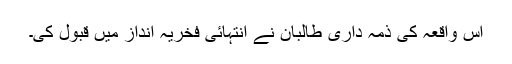
اس واقعہ کی ذمہ داری طالبان نے انتہائی فخریہ انداز میں قبول کی۔